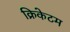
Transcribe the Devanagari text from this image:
क्रिकेटम